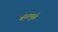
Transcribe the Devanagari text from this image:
बॅनरमुळे